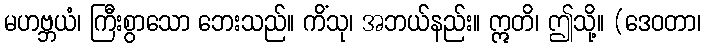
မဟဗ္ဘယံ၊ ကြီးစွာသော ဘေးသည်။ ကိံသု၊ အဘယ်နည်း။ ဣတိ၊ ဤသို့။ (ဒေဝတာ၊